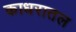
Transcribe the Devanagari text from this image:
काधरातल